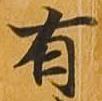
有